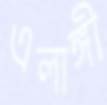
এলাঙ্গী